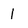
Character: 1